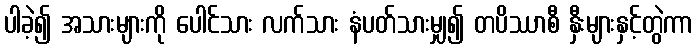
ပါခဲ့၍ အသားများကို ပေါင်သား လက်သား နံပတ်သားမျှ၍ တပိဿာစီ နှီးများနှင့်တွဲကာ